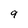
Character: 9